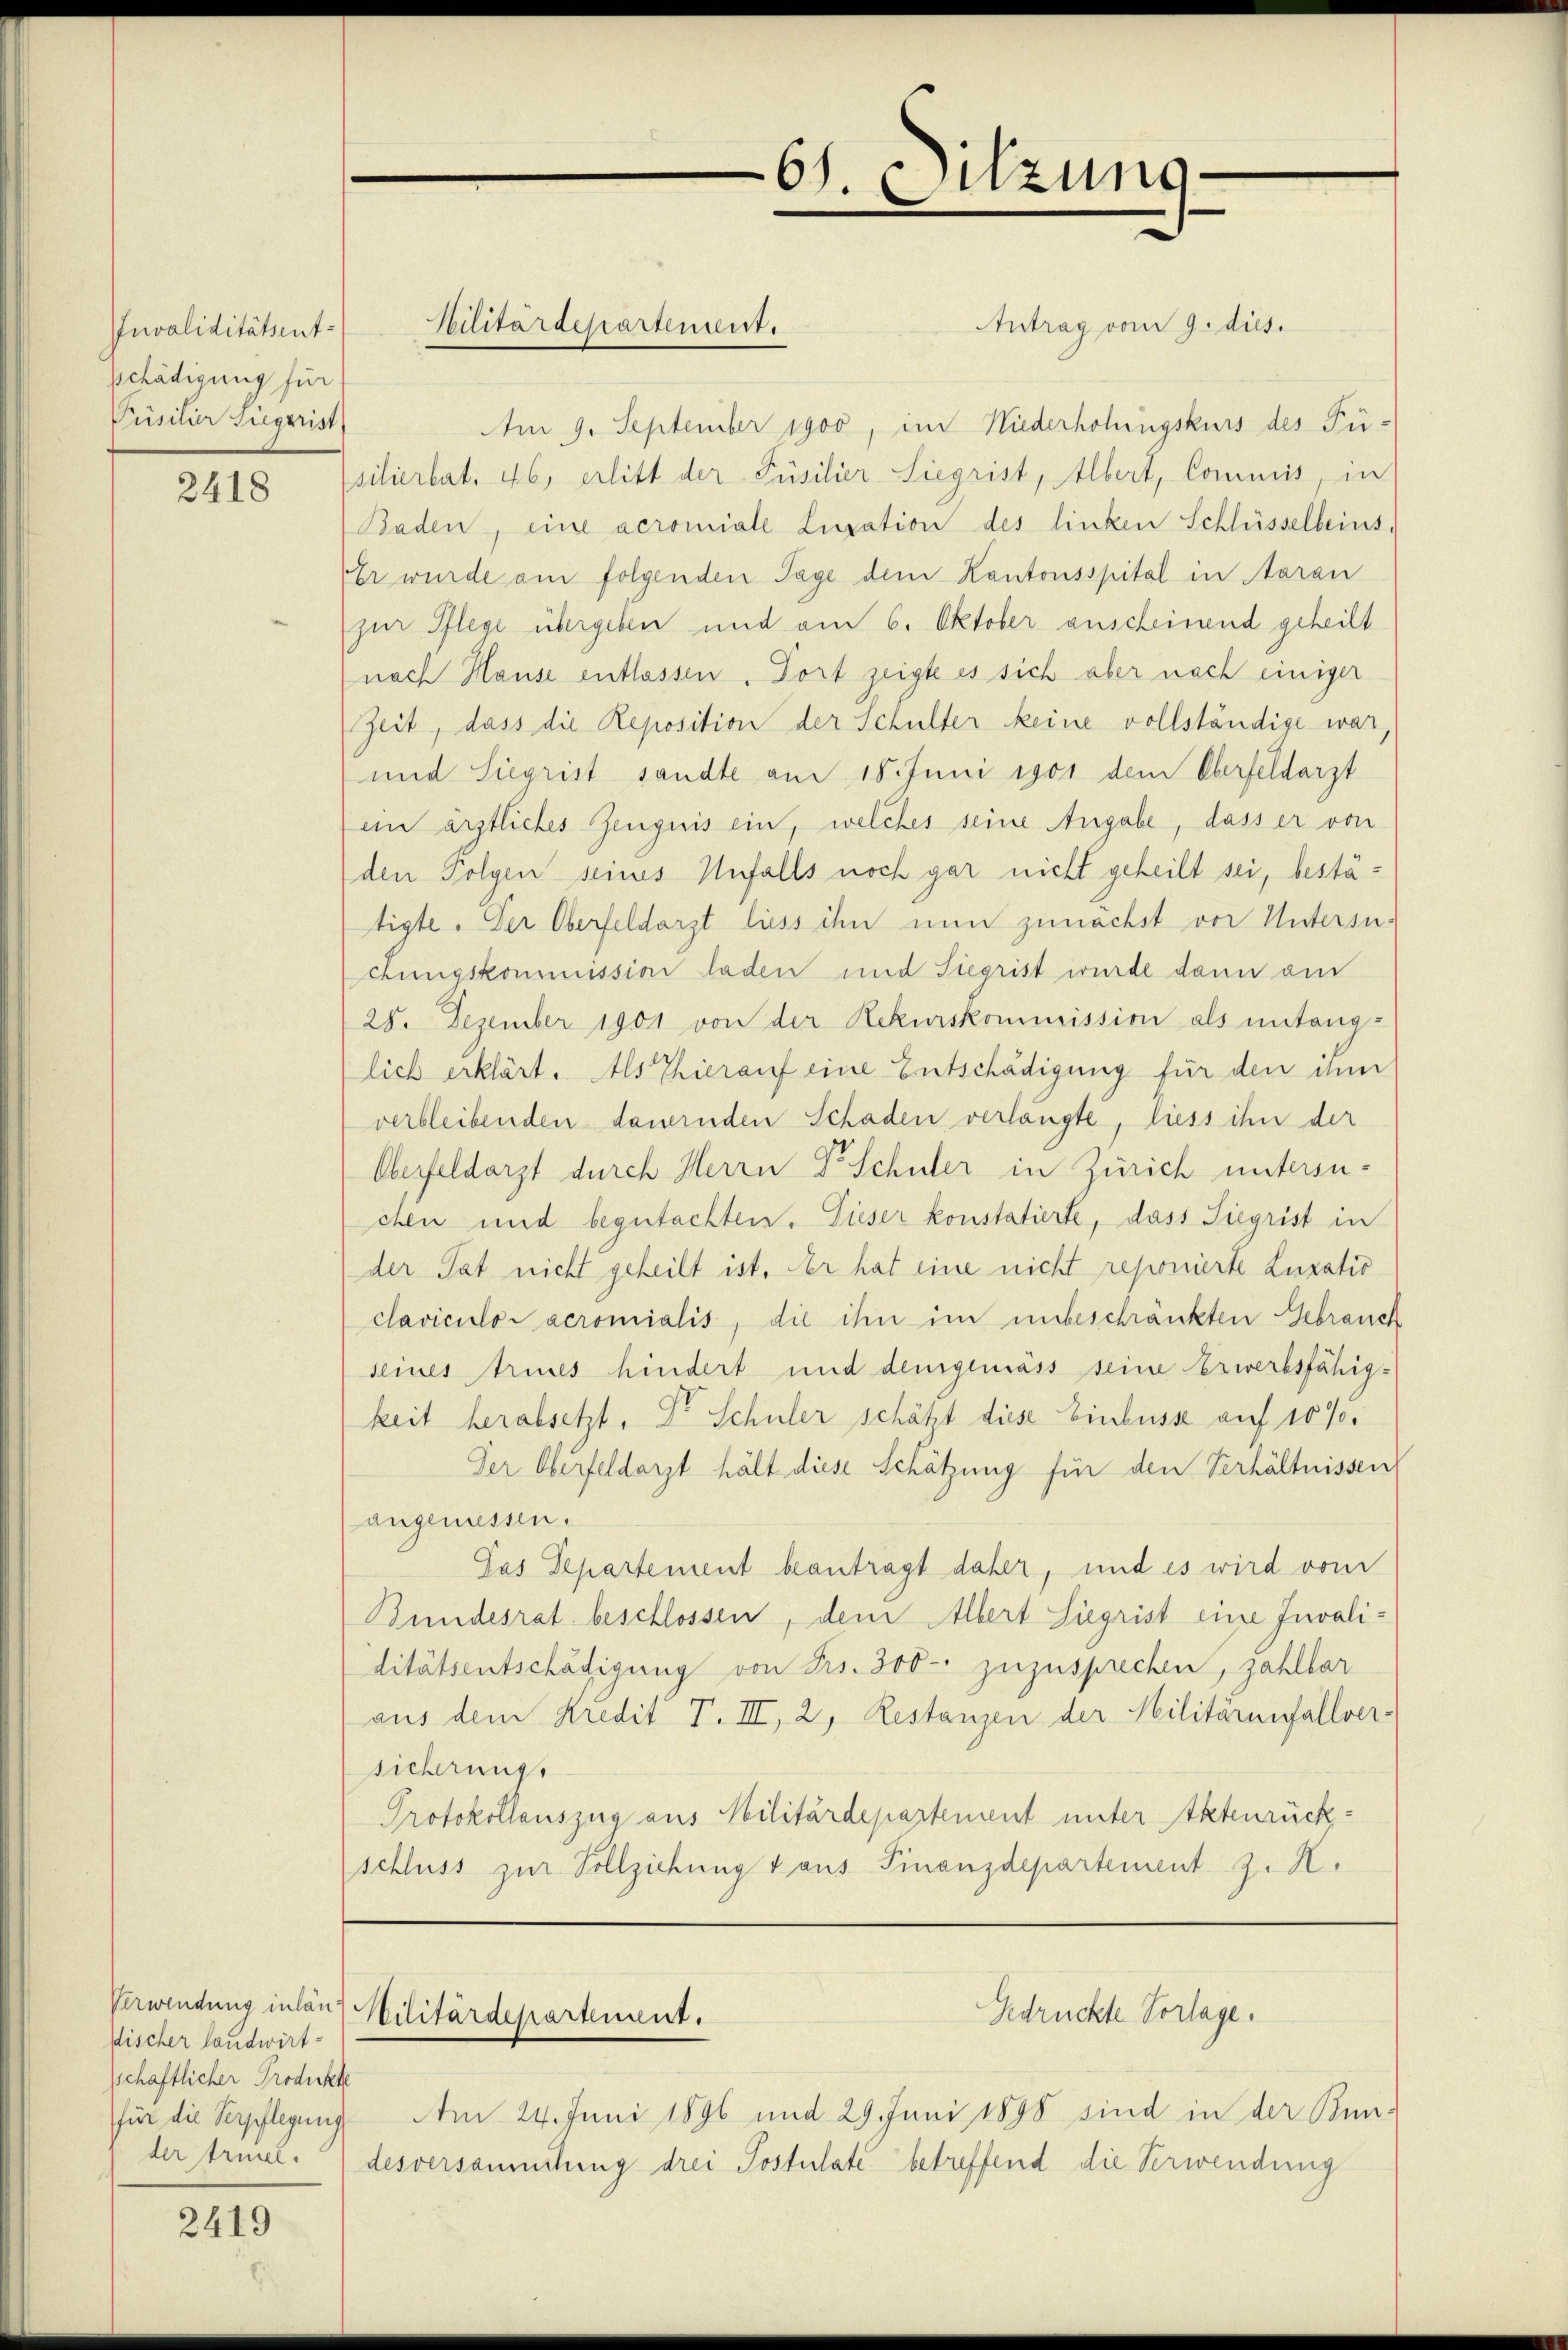
Invaliditätsentschädigung für
Puisitier Liegerist

2418

Verwendung inlänsischer landwirt-
schaftlicher Produkte
für die Verpflegung
der treuel.

2419

Antrag vom 9. dies.
Am 9. September 1900, im Niederholungskurs des Fü-
siliertat. 46, erlitt der Füsilier Siegrist, Albert, Commis, in
Baden, eine acromiale Lugation des linken Schlüsselbeins.
Er wurde am folgenden Tage dem Kantonsspital in Aarau
zur Pflege übergeben und am 6. Oktober anscheinend geheilt
nach Hause entlassen. Dort zeigte es sich aber nach einiger
Zeit, dass die Reposition der Schulter keine vollständige war.
und Siegrist sandte am 18. Juni 1901 dem Oberfeldarzt
ein ärztliches Zeugnis ein, welches seine Angabe, dass er von
den Folgen seines Unfalls noch gar nicht geheilt sei, bestätigte. Der Oberfeldarzt liess ihn nun zunächst vor Untersuchungskommission laden und Siegrist wurde dann am
28. Dezember 1901 von der Rekurskommission als untang-
lich erklärt. Als Thierauf eine Entschädigung für den dem
verbleibenden dauernden Schaden verlangte, liess ihn der
Oberfeldarzt durch Herrn Dr Schüler in Zürich untersuchen und begutachten. Dieser konstatierte, dass Siegrist in
der Tat nicht geheilt ist. Der hat eine nicht reponierte Luratio
claviculo acromialis, die ihn im unbeschränkten Gebrauch
seines Arines hindert und demgemäss seine Verwerbsfähigkeit herabsetzt, Dr Schüler schätzt diese Einbuss auf 10 %.
Der Oberfeldarzt hält diese Schätzung für den Verhältnissen,
angeniessen.
Pas Departement beantragt daher, und es wird vom
Bundesrat beschlossen, dem Albert Siegrist eine Invali:
ditätsentschädigung von Frs. 300 - zuzusprechen, zahlbar
aus dem Kredit F. III, 2, Restanzen der Militärenfallver-
sicherung
Protokollauszug aus Militärdepartement unter Aktenrückschluss zur Vollziehung & aus Finanzdepartement z. K.

Militärdepartement.

Bilitärdepartement.

61. Sitzung.

Gedrückte Vorlage.

Am 24. Juni 1896 und 29. Juni 1898 sind in der Bun-
desversammtung drei Postulate betreffend die Verwendung